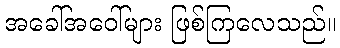
အခေါ်အဝေါ်များ ဖြစ်ကြလေသည်။